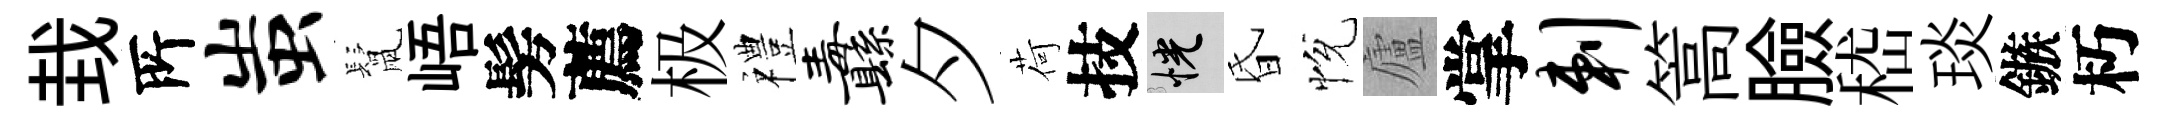
㘽𠩄蚩鬛峿髣薦极禮纛夕荷技恍昏恱廬掌剌篙臉嵇琰鏃朽